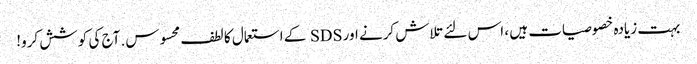
بہت زیادہ خصوصیات ہیں ، اس لئے تلاش کرنے اور SDS کے استعمال کا لطف محسوس. آج کی کوشش کرو!